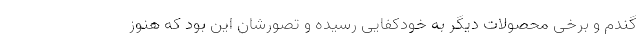
گندم و برخی محصولات دیگر به خودکفایی رسیده و تصورشان این بود که هنوز